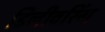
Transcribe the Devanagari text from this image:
डिलीवरिंग